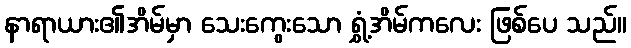
နာရာယား၏အိမ်မှာ သေးကွေးသော ရွှံ့အိမ်ကလေး ဖြစ်ပေ သည်။